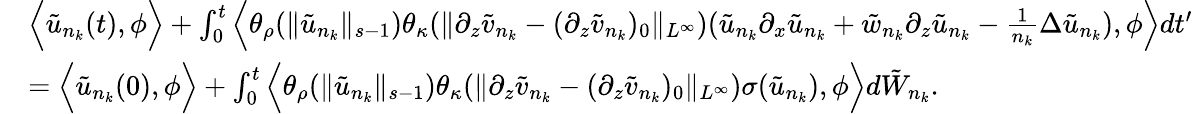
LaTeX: \begin{array}{rl}&{\Big\langle\tilde{u}_{n_{k}}(t),\phi\Big\rangle+\int_{0}^{t}\Big\langle\theta_{\rho}(\| \tilde{u}_{n_{k}}\| _{s-1})\theta_{\kappa}(\| \partial_{z}\tilde{v}_{n_{k}}-(\partial_{z}\tilde{v}_{n_{k}})_{0}\| _{L^{\infty}})(\tilde{u}_{n_{k}}\partial_{x}\tilde{u}_{n_{k}}+\tilde{w}_{n_{k}}\partial_{z}\tilde{u}_{n_{k}}-\frac 1{n_{k}}\Delta\tilde{u}_{n_{k}}),\phi\Big\rangle dt^{\prime}}\\ &{=\Big\langle\tilde{u}_{n_{k}}(0),\phi\Big\rangle+\int_{0}^{t}\Big\langle\theta_{\rho}(\| \tilde{u}_{n_{k}}\| _{s-1})\theta_{\kappa}(\| \partial_{z}\tilde{v}_{n_{k}}-(\partial_{z}\tilde{v}_{n_{k}})_{0}\| _{L^{\infty}})\sigma(\tilde{u}_{n_{k}}),\phi\Big\rangle d\tilde{W}_{n_{k}}.}\end{array}